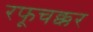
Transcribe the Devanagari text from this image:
रफूचक्कर